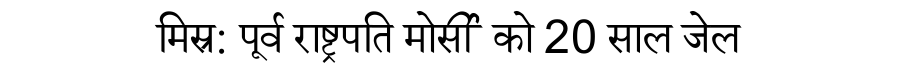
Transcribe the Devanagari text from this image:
मिस्र: पूर्व राष्ट्रपति मोर्सी को 20 साल जेल